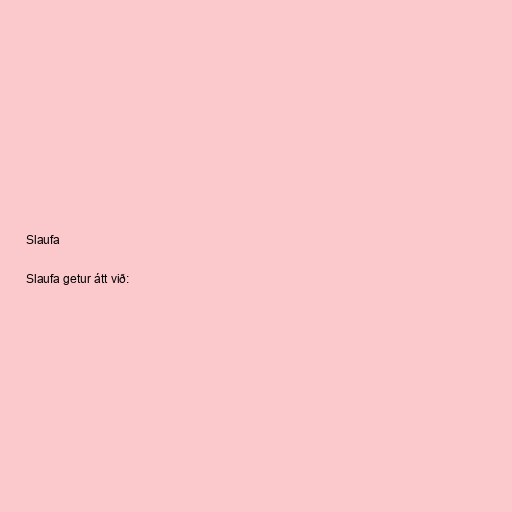
Slaufa

Slaufa getur átt við: